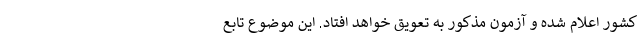
کشور اعلام شده و آزمون مذکور به تعویق خواهد افتاد. این موضوع تابع